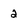
Character: 2